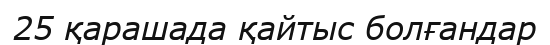
25 қарашада қайтыс болғандар